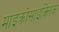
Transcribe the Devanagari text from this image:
माइक्रोसाइक्लिक